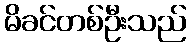
မိခင်တစ်ဦးသည်